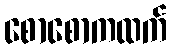
စောစောကထက်